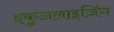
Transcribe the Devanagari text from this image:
इकुअलाइज़िंग